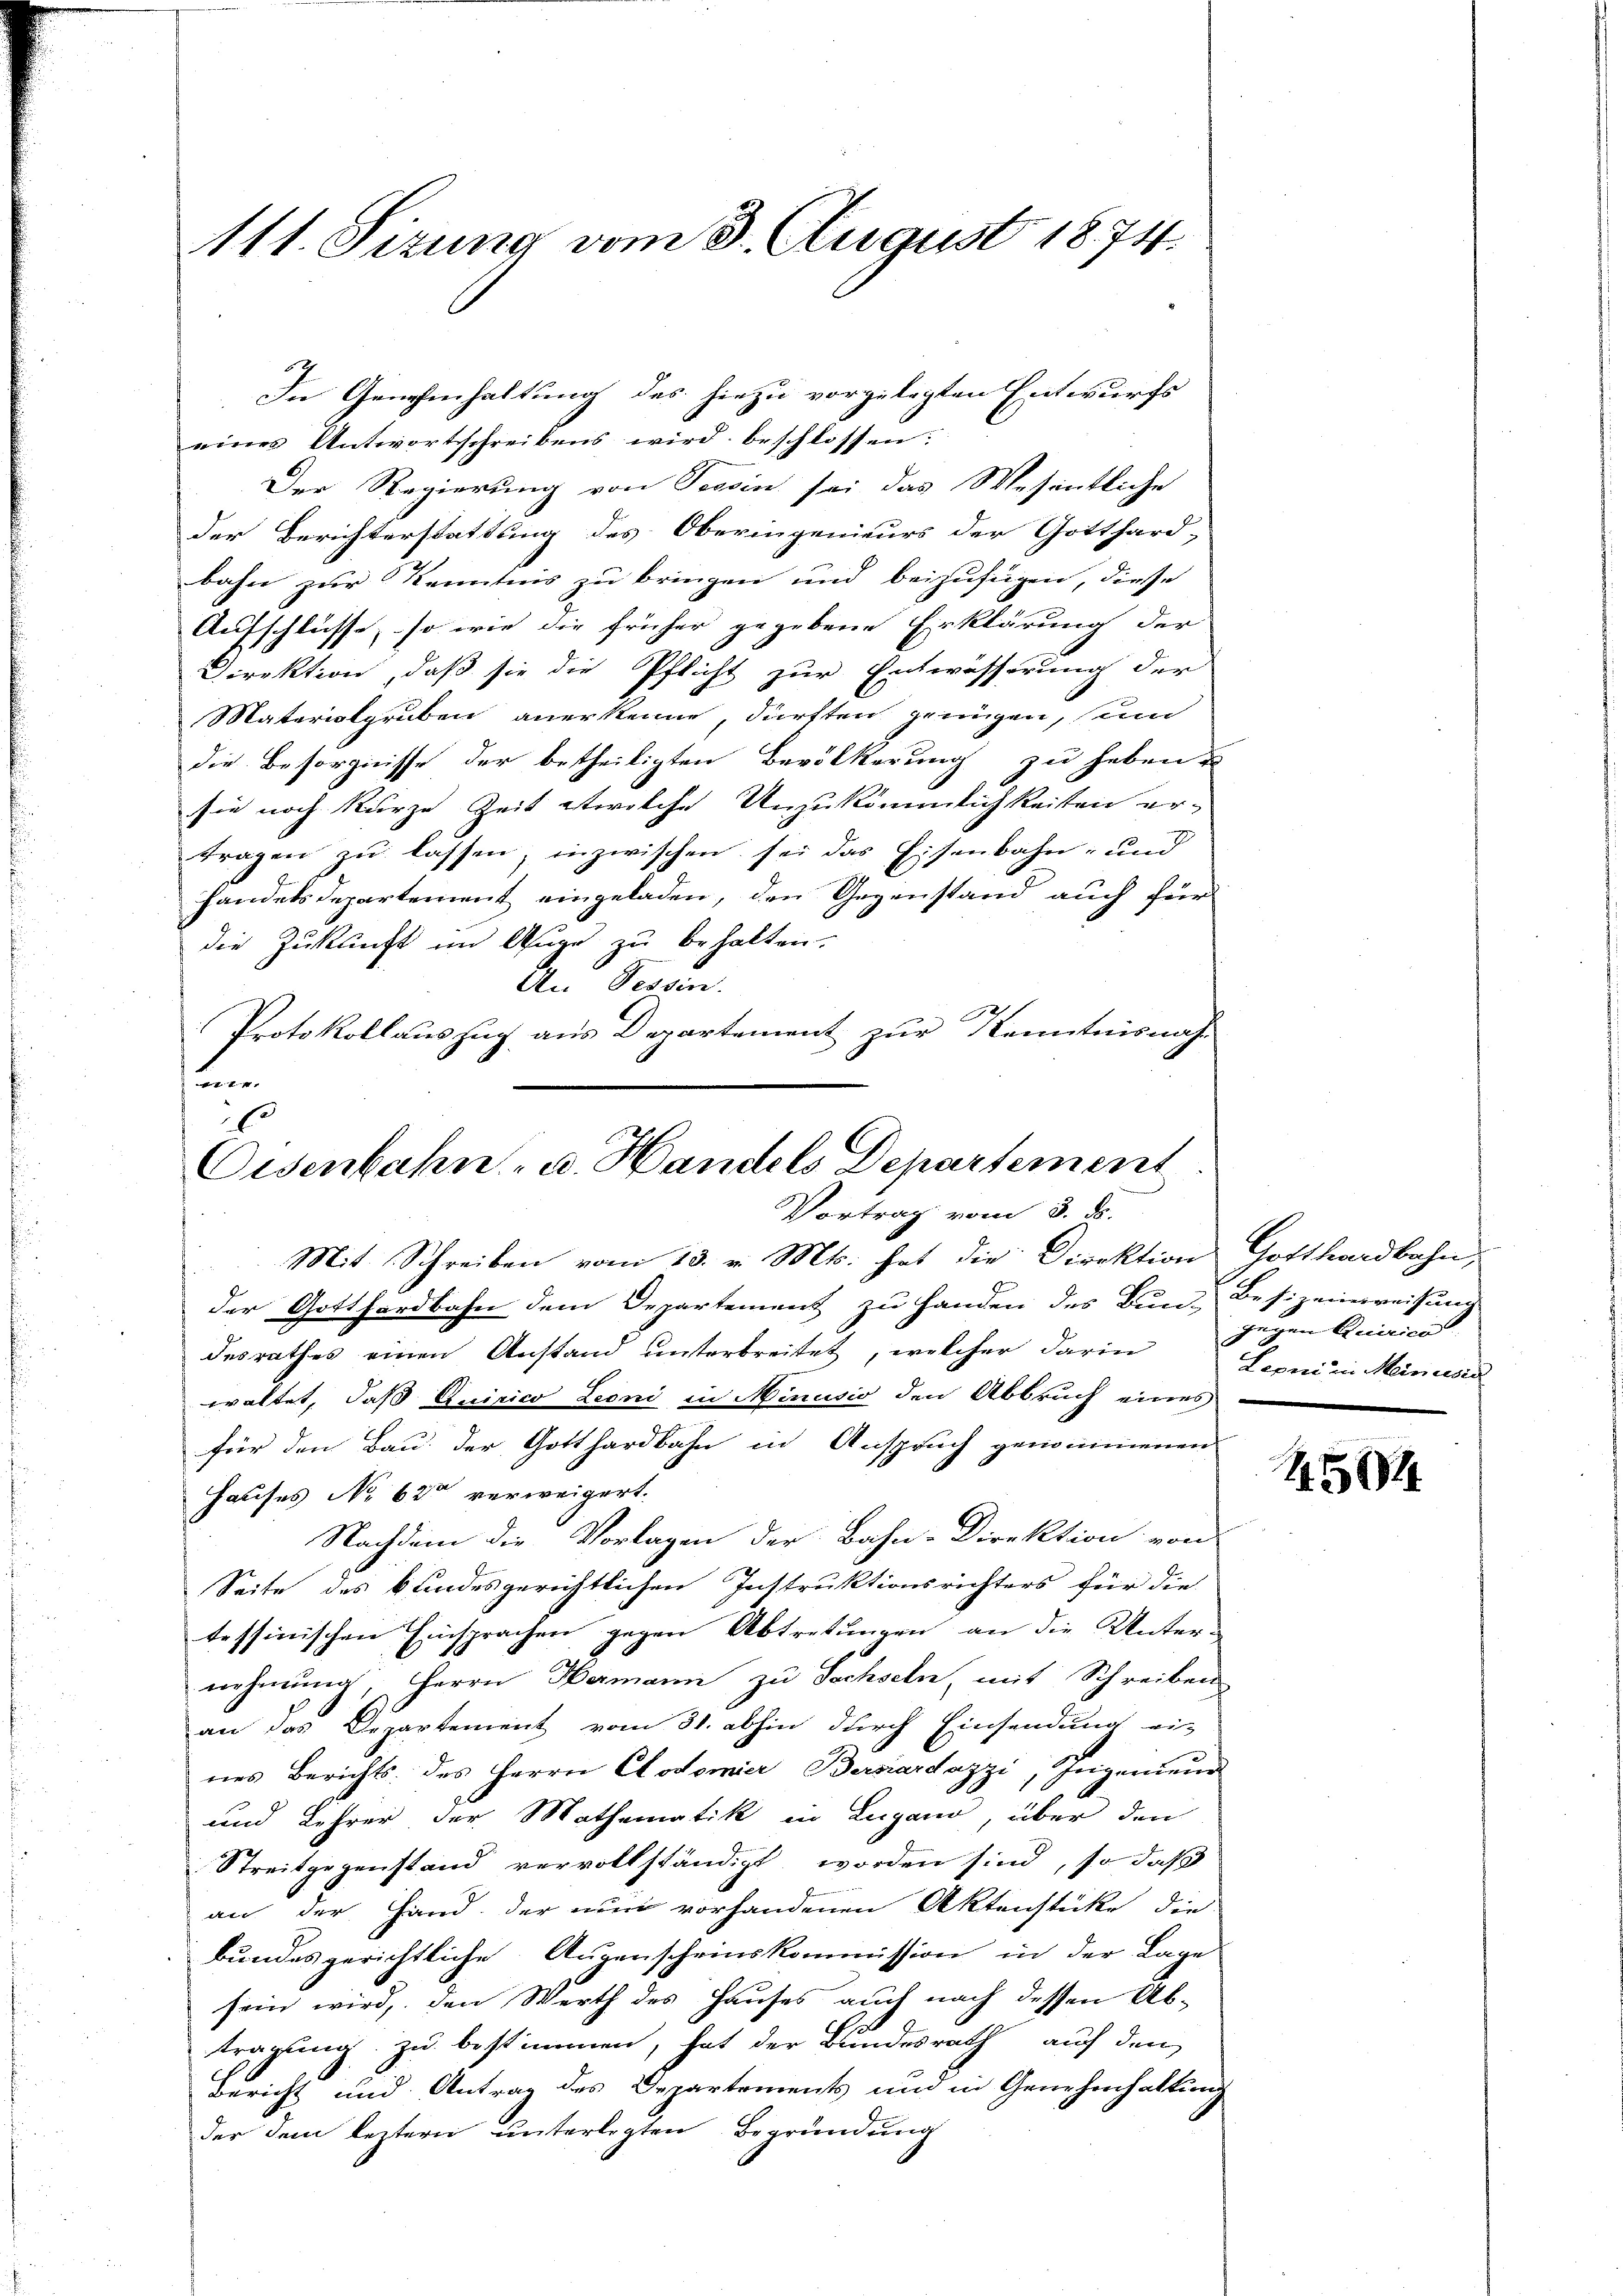
Mtt. Sizung vom 3. August 1874.

In Genehmhaltung des hiezu vorgelegten Entwurfs
eines Antwortschreibens wird beschlossen:
Der Regierung von Tessin sei das Wesentliche
der Berichterstattung des Oberingenieurs der Gotthard-
bahn zur Kenntnis zu bringen und beizufügen, diese
Aufschlüsse, so wie die früher gegebene Erklärung der
Direktion, daß sie die Pflicht zur Entwässerung der
Materialgruben anerkenne, dürften genügen, sein
die Besorgnisse der betheiligten Bevölkerung zu haben
sie noch kurze Zeit etwelche Unzukömmlichkeiten er-
tragen zŭ lassen; inzwischen sei das Eisenbahn- und
handelsdepartement eingeladen, den Gegenstand auch für
die Zukunft im Auge zu behalten.
An Tessin.
Protokollauszug aus Departement zur Kenntnisnah-
n
16

Oisenbahn- u. Handels Departement
Vortrag vom 3. ds.

Mit Schreiben vom 13. v. Mts. hat die Direktion Gotthardbahn,
der Gotthardbahn dem Departement zu Handen des Bun-Besizeinweisung
desrathes einen Anstand unterbreitet, welcher darin Leoni in Minusio
waltet, daß Quirico Leoni in Minusio den Abbruch eines
für den Bau der Gotthardbahn in Anspruch genommenen
Hauses No 630 verweigert.
Nachdem die Vorlagen der Bahn-Direktion von
Seite des Bundesgerichtlichen Instruktionsrichters für die
tessinischen Einsprachen gegen Abtretungen an die Unter-
nehmung, Herrn Hermann zu Sachseln, mit Schreiben
an das Departement vom 31. abhin durch Einsendung ei-
nes Berichts des Herrn Clotomier Bersiardazzi, Segenieur
und Lehrer der Mathematik in Lugano, über den
Streitgegenstand vervollständigt worden sind, so daß
an der Hand der nun vorhandenen Aktenstücke die
bundesgerichtliche Augenschreinskommission in der Lage
sein wird, den Werth des Hauses auch nach dessen Ab¬
.
tragung zu bestimmen, hat der Bundesrath, auf den
Bericht und Antrag des Departements und in Genehmhaltung
der dem leztern unterlegten Begründung

gegen Quirico

15